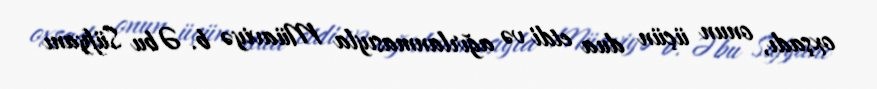
oxşadı, onun üçün dua etdi və ağırlanmasıyla Müaviyə b. Əbu Süfyanı